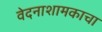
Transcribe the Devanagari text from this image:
वेदनाशामकाचा